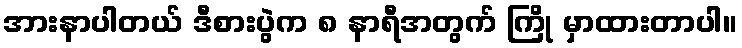
အားနာပါတယ် ဒီစားပွဲက ၈ နာရီအတွက် ကြို မှာထားတာပါ။